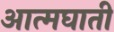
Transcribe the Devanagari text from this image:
अात्मघाती